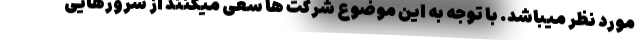
مورد نظر میباشد. با توجه به این موضوع شرکت ها سعی میکنند از سرورهایی